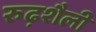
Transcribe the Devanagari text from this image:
रुढ़शैली